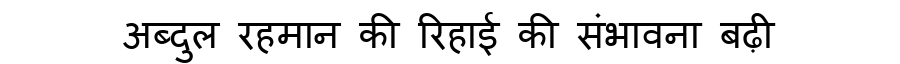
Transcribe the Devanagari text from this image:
अब्दुल रहमान की रिहाई की संभावना बढ़ी